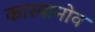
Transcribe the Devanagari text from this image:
कास्यानोव